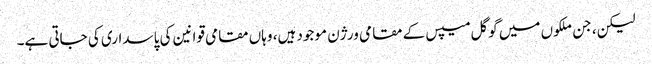
لیکن، جن ملکوں میں گوگل میپس کے مقامی ورژن موجود ہیں، وہاں مقامی قوانین کی پاسداری کی جاتی ہے۔